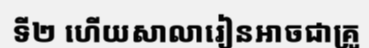
ទី២ ហើយសាលារៀនអាចជាគ្រូ